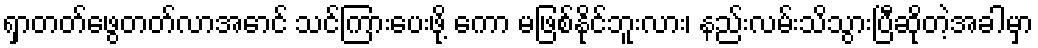
ရှာတတ်ဖွေတတ်လာအောင် သင်ကြားပေးဖို့ ကော မဖြစ်နိုင်ဘူးလား၊ နည်းလမ်းသိသွားပြီဆိုတဲ့အခါမှာ